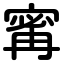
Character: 寗